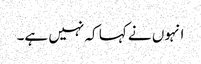
انہوں نے کہا کہ نہیں ہے۔